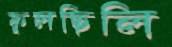
ফুলছিলি